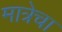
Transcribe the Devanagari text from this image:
मात्रेचा